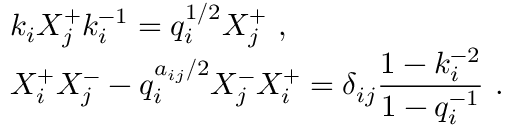
\begin{array} { r c l } { { } } & { { } } & { { k _ { i } X _ { j } ^ { + } k _ { i } ^ { - 1 } = q _ { i } ^ { 1 / 2 } X _ { j } ^ { + } ~ , } } \\ { { } } & { { } } & { { X _ { i } ^ { + } X _ { j } ^ { - } - q _ { i } ^ { a _ { i j } / 2 } X _ { j } ^ { - } X _ { i } ^ { + } = \delta _ { i j } \displaystyle \frac { 1 - k _ { i } ^ { - 2 } } { 1 - q _ { i } ^ { - 1 } } ~ . } } \end{array}